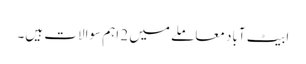
ابیٹ آباد معاملے میں 2 اہم سوالات ہیں۔